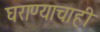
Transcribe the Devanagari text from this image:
घराण्याचाही